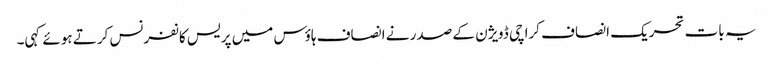
یہ بات تحریک انصاف کراچی ڈویژن کے صدر نے انصاف ہاؤس میں پریس کانفرنس کرتے ہوئے کہی۔